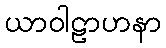
ယာဝါဠာဟနာ